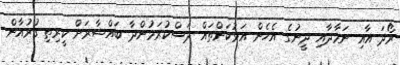
ރޯދަ އާއި ނަމާދާއި ދީނުގެ އެހެން އަޅުކަންތައް ދަސްކުރަމުންދާ ބައްޝާރަށް ކީރިތި ގުރުއާން